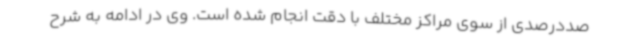
صددرصدی از سوی مراکز مختلف با دقت انجام شده است. وی در ادامه به شرح